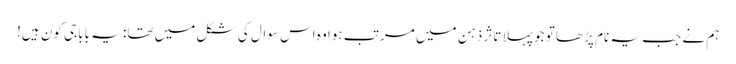
ہم نے جب یہ نام پڑھا تو جو پہلا تاثر ذہن میں مرتب ہوا وہ اس سوال کی شکل میں تھا: یہ باباجی کون ہیں!